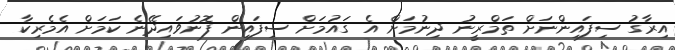
އިރާގު ސިފައިންނަށް ތަމްރީނު ދިނުމަށް އެ ގައުމަށް ސިފައިން ފޮނުވައިދޭނެ ކަމަށް އެމެރިކާ